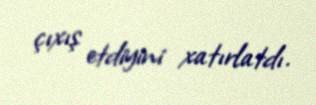
çıxış etdiyini xatırlatdı.